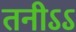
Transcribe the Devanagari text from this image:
तनीऽऽ